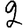
Digit: 2